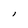
Character: I